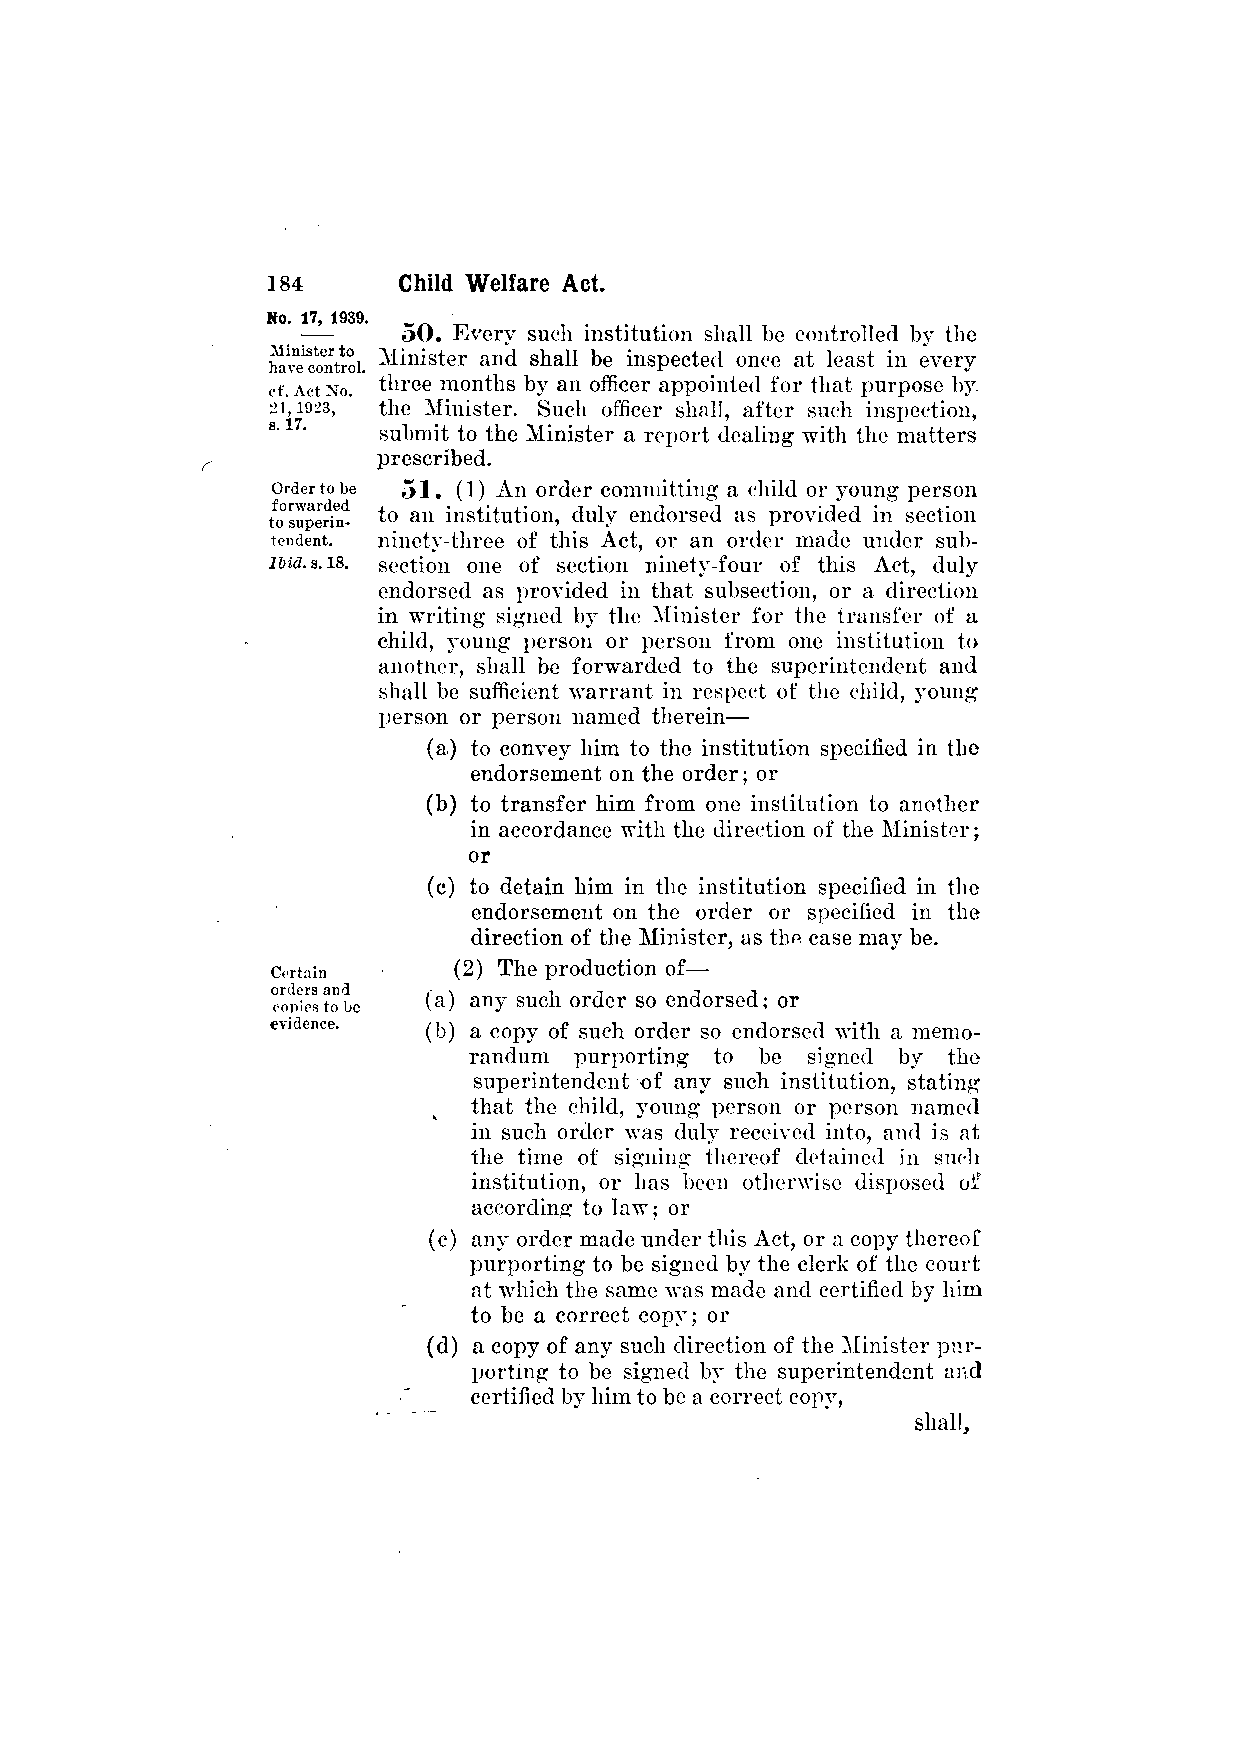
50. Every such institution shall be controlled by the
 Minister and shall be inspected once at least in every
 three months by an officer appointed for that purpose by.
 the Minister. Such officer shall, after such inspection,
 submit to the Minister a report dealing with the matters
 prescribed.
 51. (1) An order committing a child or young person
 to an institution, duly endorsed as provided in section
 ninety-three of this Act, or an order made under sub­
 section one of section ninety-four of this Act, duly
 endorsed as provided in that subsection, or a direction
 in writing signed by the Minister for the transfer of a
 child, young person or person from one institution to
 another, shall be forwarded to the superintendent and
 shall be sufficient warrant in respect of the child, young
 person or person named therein—
 (a) to convey him to the institution specified in the
 endorsement on the order; or
 (b) to transfer him from one institution to another
 in accordance with the direction of the Minister;
 or
 (c) to detain him in the institution specified in the
 endorsement on the order or specified in the
 direction of the Minister, as the case may be.
 (2) The production of—
 (a) any such order so endorsed; or
 (b) a copy of such order so endorsed with a memo­
 randum purporting to be signed by the
 superintendent of any such institution, stating
 that the child, young person or person named
 in such order was duly received into, and is at
 the time of signing thereof detained in such
 institution, or has been otherwise disposed of.
 according to law; or
 (c) any order made under this Act, or a copy thereof
 purporting to be signed by the clerk of the court
 at which the same was made and certified by him
 to be a correct copy; or
 (d) a copy of any such direction of the Minister pur­
 porting to be signed by the superintendent and
 certified by him to be a correct copy,
 shall,